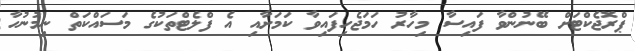
ޕްރޮޖެކްޓަށް ބޭނުންވާ ފައިސާ މިހާރު ހަމަޖެހިފައިވާ ކަމަށާއި އެ ފްލެޓްތަކުގެ މަސައްކަތް ނިމުނުހާ